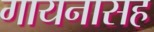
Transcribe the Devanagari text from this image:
गायनासह